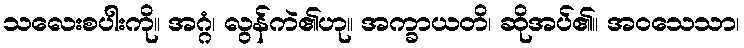
သလေးစပါးကို။ အဂ္ဂံ၊ လွန်ကဲ၏ဟု။ အက္ခာယတိ၊ ဆိုအပ်၏။ အဝသေသာ၊